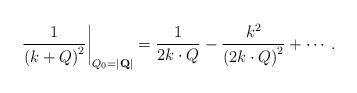
LaTeX: \begin{align*}\left.\frac{1}{\left(k+Q\right)^2}\right|_{Q_0=|{\bf Q}|}= \frac{1}{2 k\cdot Q}-\frac{k^2}{\left(2 k\cdot Q\right)^2}+\cdots .\end{align*}